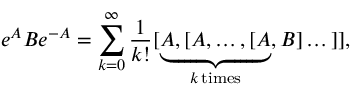
e ^ { A } B e ^ { - A } = \sum _ { k = 0 } ^ { \infty } { \frac { 1 } { k ! } } [ \underbrace { A , [ A , \dots , [ A } _ { k \, { \mathrm { t i m e s } } } , B ] \dots ] ] ,